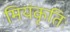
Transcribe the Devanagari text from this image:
मियंकृतिः